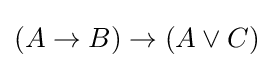
(A\to B)\to (A\lor C)